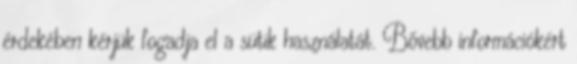
érdekében kérjük fogadja el a sütik használatát. Bővebb információkért